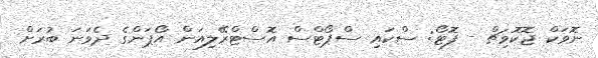
ނޮވަކް ޖޮކޮވިޗް - ފޮޓޯ: ސްކައި ސްޕޯޓްސް އޮސްޓްރޭލިއަން އޯޕަންގެ ދެވަނަ ބުރަށް